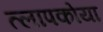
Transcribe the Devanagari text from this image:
त्लापकोया